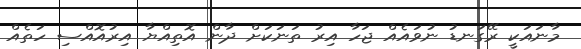
މާނައަކީ ރޭގަނޑު ނުވައެއް ޖަހާ އިރު ތަނަކަށް ދާން އޮތިއްޔާ އިރުއޮއްސި ހަތެއް